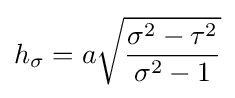
h_{\sigma }=a{\sqrt {\frac {\sigma ^{2}-\tau ^{2}}{\sigma ^{2}-1}}}